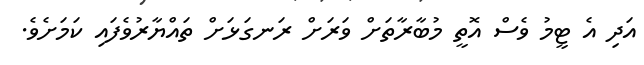
އަދި އެ ޓީމު ވެސް އޮތީ މުބާރާތަށް ވަރަށް ރަނގަޅަށް ތައްޔާރުވެފައި ކަމަށެވެ.